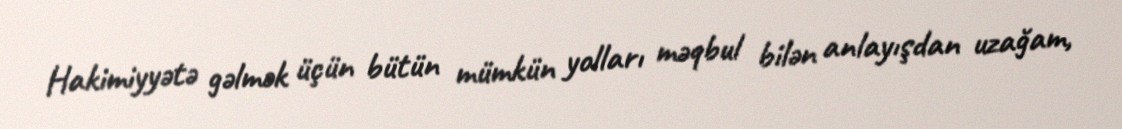
Hakimiyyətə gəlmək üçün bütün mümkün yolları məqbul bilən anlayışdan uzağam,